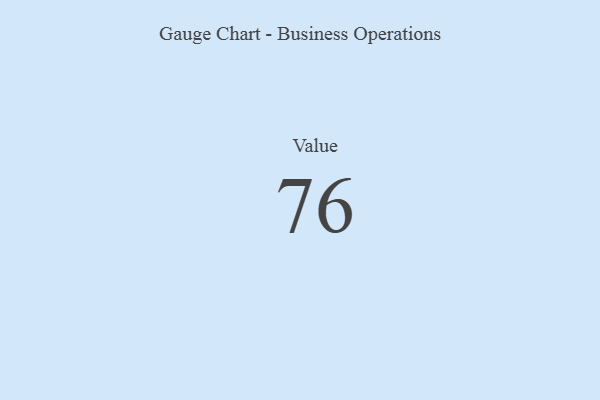
{"axis": {"x": "Metric", "y": "Value"}, "legend": [""], "data": [{"x": "Value", "y": 76, "type": ""}]}